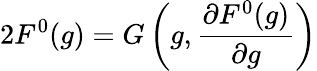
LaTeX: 2F^{0}(g)=G\left(g,\frac{\partial F^{0}(g)}{\partial g}\right)